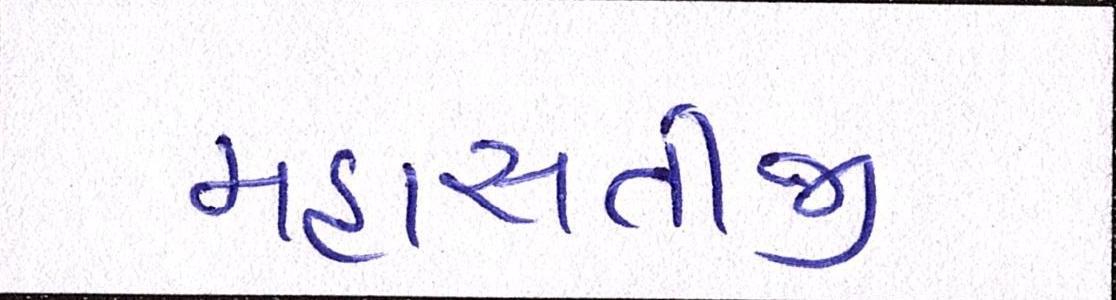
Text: મહાસતીજી